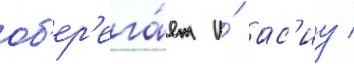
об'ер'ега́ет и́ ас'иу /